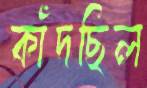
কাঁদছিল